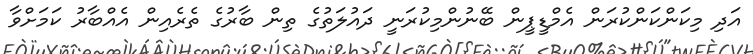
އަދި މިކަންކަންކުރަން އެމްޑީޕީން ބޭނުންމިކުރަނީ ދައުލަތުގެ ތިން ބާރުގެ ތެރެއިން އެއްބާރު ކަމަށްވާ